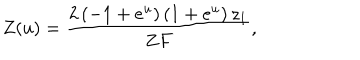
LaTeX: Z ( u ) = { \frac { 2 \left( - 1 + { e ^ { u } } \right) \left( 1 + { e ^ { u } } \right) { z _ { 1 } } } { Z F } } ,